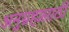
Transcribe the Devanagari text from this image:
अनुग्रहासाठी